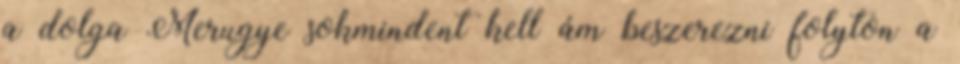
a dolga Merugye sokmindent kell ám beszerezni folyton a